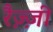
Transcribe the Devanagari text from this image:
रैज़्ज़ी